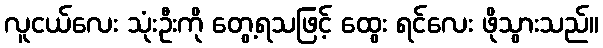
လူငယ်လေး သုံးဦးကို တွေ့ရသဖြင့် ထွေး ရင်လေး ဖိုသွားသည်။